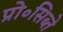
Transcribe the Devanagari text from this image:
प्रो॰सिब्ते